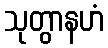
သုတွာနဟံ